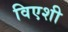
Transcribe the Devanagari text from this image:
विएशी